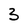
Character: 3